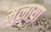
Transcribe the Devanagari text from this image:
मुलाया